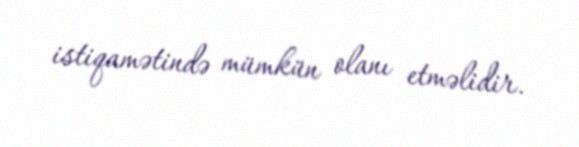
istiqamətində mümkün olanı etməlidir.